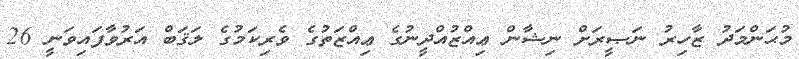
މުޙަންމަދު ޒާހިރު ނަޞީރަށް ނިޝާން ޢިއްޒުއްދީނުގެ ޢިއްޒަތުގެ ވެރިކަމުގެ ލަޤަބް އަރުވާފައިވަނީ 26